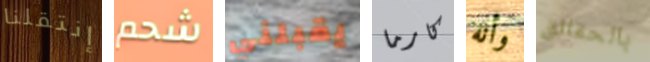
إنتقلنا شحم يقبلني كارما وأنه بالحقائق